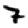
Digit: 7